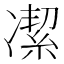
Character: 㓗